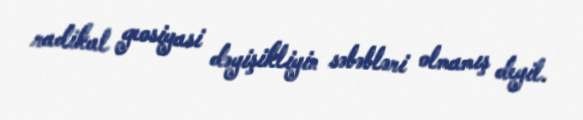
radikal geosiyasi dəyişikliyin səbəbləri olmamış deyil.